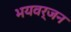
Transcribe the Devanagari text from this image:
भयवर्जन